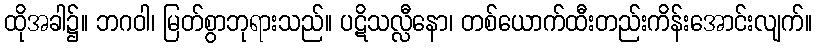
ထိုအခါ၌။ ဘဂဝါ၊ မြတ်စွာဘုရားသည်။ ပဋိသလ္လီနော၊ တစ်ယောက်ထီးတည်းကိန်းအောင်းလျက်။